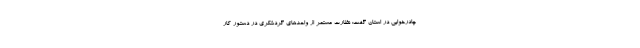
چادرخوابی در استان گفت: نظارت مستمر از واحدهای گردشکری در دستور کار